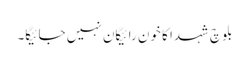
بلوچ شہدا کا خون رائیگان نہیں جائیگا۔